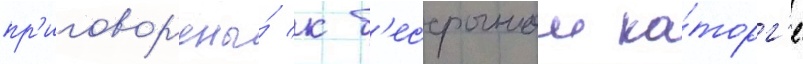
пр'иговор'ены́ к б'ессрочнои ка́торг'е